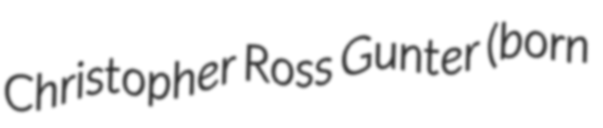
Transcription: Christopher Ross Gunter (born